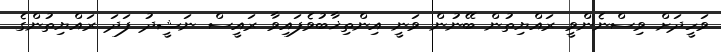
ވަހީދަށް ވިސްނެންވީ ރައްޔިތުން ބޭނުން ވަނީ އިންތިޚާބުވެފައިވާ ރައީސް ނަޝީދު ފަދަ ރައްޔިތުންގެ